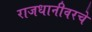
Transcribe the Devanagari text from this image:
राजधानीवरचे